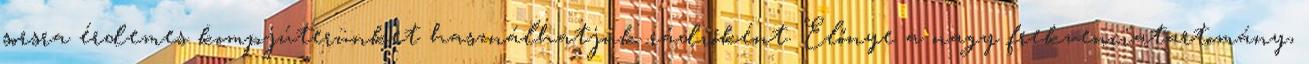
sorsra érdemes kompjúterünket használhatjuk rádióként. Előnye a nagy frekvenciatartomány,